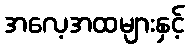
အလေ့အထများနှင့်